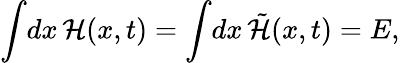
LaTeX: \int\! dx\, \mathcal{H}({x},t)=\int\! dx\, \tilde{\mathcal{H}}({x},t)=E,